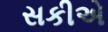
સકીએ